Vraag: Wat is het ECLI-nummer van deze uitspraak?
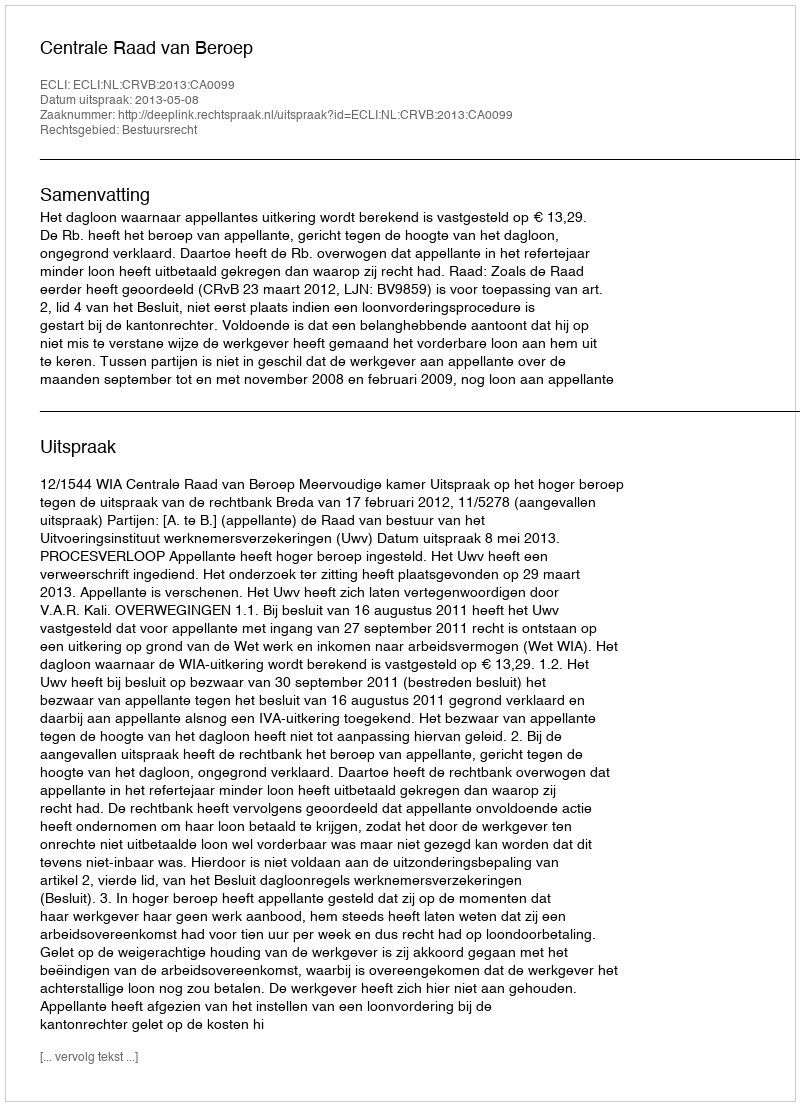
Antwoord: ECLI:NL:CRVB:2013:CA0099